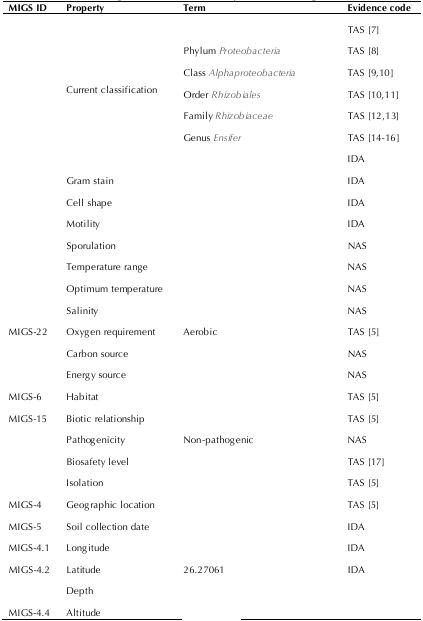
<table><thead><tr><td><b>MIGS ID</b></td><td><b>Property</b></td><td><b>Term</b></td><td><b>Evidence code</b></td></tr></thead><tbody><tr><td rowspan="8">[EMPTY_CELL]</td><td rowspan="8">Current classification</td><td>[EMPTY_CELL]</td><td>TAS [7]</td></tr><tr><td>Phylum <i>Proteobacteria</i></td><td>TAS [8]</td></tr><tr><td>Class <i>Alphaproteobacteria</i></td><td>TAS [9,10]</td></tr><tr><td>Order <i>Rhizobiales</i></td><td>TAS [10,11]</td></tr><tr><td>Family <i>Rhizobiaceae</i></td><td>TAS [12,13]</td></tr><tr><td>Genus <i>Ensifer</i></td><td>TAS [14-16]</td></tr><tr><td>[EMPTY_CELL]</td><td>IDA</td></tr><tr><td>[EMPTY_CELL]</td><td>Gram stain</td><td>[EMPTY_CELL]</td><td>IDA</td></tr><tr><td>[EMPTY_CELL]</td><td>Cell shape</td><td>[EMPTY_CELL]</td><td>IDA</td></tr><tr><td>[EMPTY_CELL]</td><td>Motility</td><td>[EMPTY_CELL]</td><td>IDA</td></tr><tr><td>[EMPTY_CELL]</td><td>Sporulation</td><td>[EMPTY_CELL]</td><td>NAS</td></tr><tr><td>[EMPTY_CELL]</td><td>Temperature range</td><td>[EMPTY_CELL]</td><td>NAS</td></tr><tr><td>[EMPTY_CELL]</td><td>Optimum temperature</td><td>[EMPTY_CELL]</td><td>NAS</td></tr><tr><td>[EMPTY_CELL]</td><td>Salinity</td><td>[EMPTY_CELL]</td><td>NAS</td></tr><tr><td>MIGS-22</td><td>Oxygen requirement</td><td>Aerobic</td><td>TAS [5]</td></tr><tr><td>[EMPTY_CELL]</td><td>Carbon source</td><td>[EMPTY_CELL]</td><td>NAS</td></tr><tr><td>[EMPTY_CELL]</td><td>Energy source</td><td>[EMPTY_CELL]</td><td>NAS</td></tr><tr><td>MIGS-6</td><td>Habitat</td><td>[EMPTY_CELL]</td><td>TAS [5]</td></tr><tr><td>MIGS-15</td><td>Biotic relationship</td><td>[EMPTY_CELL]</td><td>TAS [5]</td></tr><tr><td>[EMPTY_CELL]</td><td>Pathogenicity</td><td>Non-pathogenic</td><td>NAS</td></tr><tr><td>[EMPTY_CELL]</td><td>Biosafety level</td><td>[EMPTY_CELL]</td><td>TAS [17]</td></tr><tr><td>[EMPTY_CELL]</td><td>Isolation</td><td>[EMPTY_CELL]</td><td>TAS [5]</td></tr><tr><td>MIGS-4</td><td>Geographic location</td><td>[EMPTY_CELL]</td><td>TAS [5]</td></tr><tr><td>MIGS-5</td><td>Soil collection date</td><td>[EMPTY_CELL]</td><td>IDA</td></tr><tr><td>MIGS-4.1 </td><td>Longitude</td><td>[EMPTY_CELL]</td><td>IDA</td></tr><tr><td>MIGS-4.2</td><td>Latitude</td><td>26.27061</td><td>IDA</td></tr><tr><td>[EMPTY_CELL]</td><td>Depth</td><td>[EMPTY_CELL]</td><td>[EMPTY_CELL]</td></tr><tr><td>MIGS-4.4</td><td>Altitude</td><td>[EMPTY_CELL]</td><td>[EMPTY_CELL]</td></tr></tbody></table>